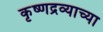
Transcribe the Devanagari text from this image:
कृष्णद्रव्याच्या